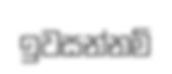
ඉවසන්නම්